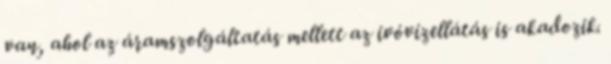
van, ahol az áramszolgáltatás mellett az ivóvízellátás is akadozik.